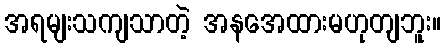
အရမျးသကျသာတဲ့ အနအေထားမဟုတျဘူး။